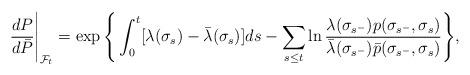
LaTeX: \begin{align*}\frac{dP}{d\bar P}\Bigg|_{\mathcal{F}_{t}}=\exp\Bigg\{\int_{0}^{t}[\lambda(\sigma_s)-\bar\lambda(\sigma_s)]ds-\sum_{s\leq t}\ln\frac{\lambda(\sigma_{s^-})p(\sigma_{s^-},\sigma_s)}{\bar \lambda(\sigma_{s^-})\bar p(\sigma_{s^-},\sigma_s)}\Bigg\},\end{align*}